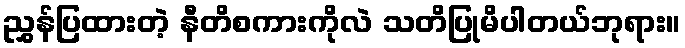
ညွှန်ပြထားတဲ့ နီတိစကားကိုလဲ သတိပြုမိပါတယ်ဘုရား။